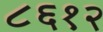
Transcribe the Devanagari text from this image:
८६१२